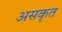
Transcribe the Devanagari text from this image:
असकृत